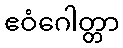
ဧဝံဂေါတ္တာ